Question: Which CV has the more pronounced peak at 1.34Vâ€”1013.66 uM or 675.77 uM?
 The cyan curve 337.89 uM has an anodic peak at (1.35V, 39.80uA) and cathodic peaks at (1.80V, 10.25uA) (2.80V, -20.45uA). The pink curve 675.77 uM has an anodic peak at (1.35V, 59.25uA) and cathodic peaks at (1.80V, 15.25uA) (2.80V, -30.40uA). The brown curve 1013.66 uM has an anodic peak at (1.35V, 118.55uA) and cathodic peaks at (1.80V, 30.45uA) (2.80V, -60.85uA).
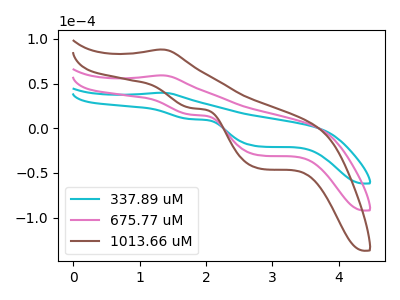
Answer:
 <answer>The peak at 1.34V is higher in "1013.66 uM" than in "675.77 uM".</answer>
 <eval>higher</eval>